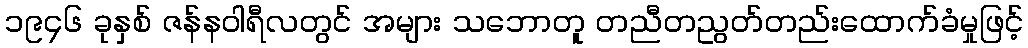
၁၉၄၆ ခုနှစ် ဇန်နဝါရီလတွင် အများ သဘောတူ တညီတညွတ်တည်းထောက်ခံမှုဖြင့်